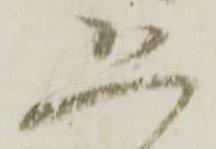
恐